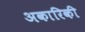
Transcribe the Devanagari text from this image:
अकारिकी